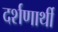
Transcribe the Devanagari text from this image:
दर्शणार्थी